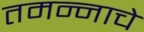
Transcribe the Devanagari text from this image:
तमन्नाचे